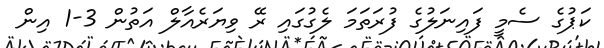
ކަޕުގެ ސެމީ ފައިނަލުގެ ފުރަތަމަ ލެގުގައި ރޭ ވިޔަރެއާލް އަތުން 3-1 އިން